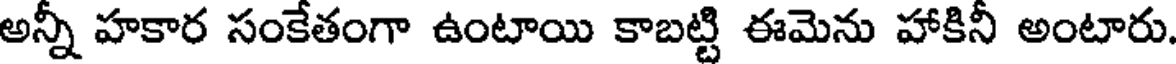
అన్నీ హకార సంకేతంగా ఉంటాయి కాబట్టి ఈమెను హాకినీ అంటారు.